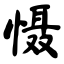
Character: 慑